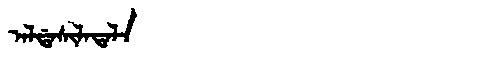
Manchu: ᠠᠯᡩᠠᠰᡳᠯᠠᡨᠠᠯᠠ
Romanization: ALDASILATALA